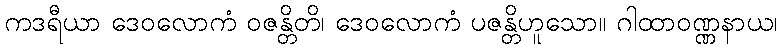
ကဒရီယာ ဒေဝလောကံ ဝဇန္တိတိ၊ ဒေဝလောကံ ပဇန္တိဟူသော။ ဂါထာဝဏ္ဏနာယ၊